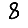
Digit: 8